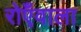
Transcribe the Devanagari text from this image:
रोएँवाला